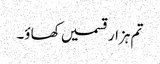
تم ہزار قسمیں کھاؤ۔